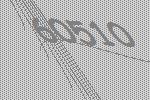
60510